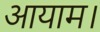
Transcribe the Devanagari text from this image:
आयाम।